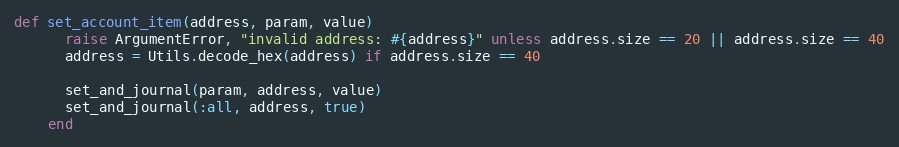
Language: Ruby
def set_account_item(address, param, value)
      raise ArgumentError, "invalid address: #{address}" unless address.size == 20 || address.size == 40
      address = Utils.decode_hex(address) if address.size == 40

      set_and_journal(param, address, value)
      set_and_journal(:all, address, true)
    end